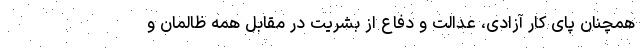
همچنان پای کار آزادی، عدالت و دفاع از بشریت در مقابل همه ظالمان و